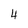
Character: 4